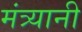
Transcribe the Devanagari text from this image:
मंत्र्यानी